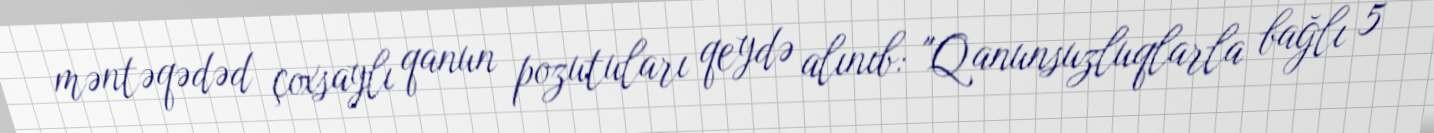
məntəqədəd çoxsaylı qanun pozutuları qeydə alınıb: "Qanunsuzluqlarla bağlı 5